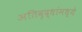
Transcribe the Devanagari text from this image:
अतिवृद्धांमध्ये